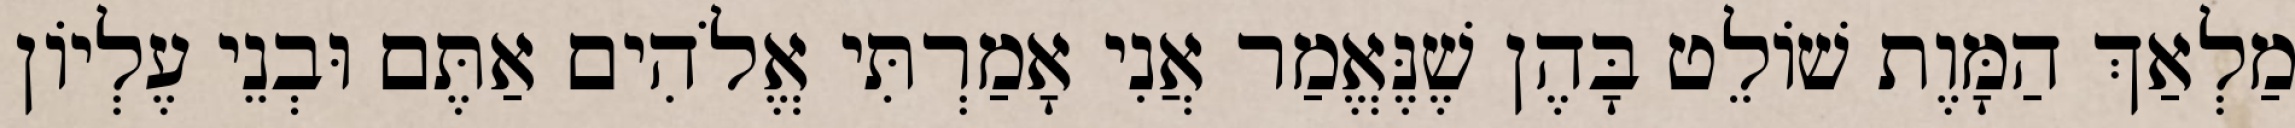
מַלְאַךְ הַמָּוֶת שׁוֹלֵט בָּהֶן שֶׁנֶּאֱמַר אֲנִי אָמַרְתִּי אֱלֹהִים אַתֶּם וּבְנֵי עֶלְיוֹן